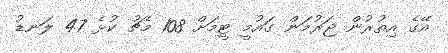
އޭގެ އިތުރުން ޖަރުމަން ގައުމީ ޓީމަށް 108 މެޗު ކުޅެ 47 ލަނޑު